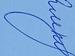
Signature authenticity: genuine